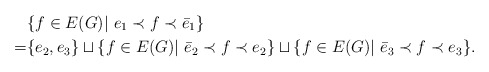
\begin{align*}& \{ f\in E(G)|\ e_1 \prec f\prec \bar{e}_1\} \\=&\{ e_2, e_3\} \sqcup\{ f\in E(G)|\ \bar{e}_2\prec f\prec e_2\} \sqcup \{ f\in E(G)|\ \bar{e}_3\prec f\prec e_3\}.\end{align*}